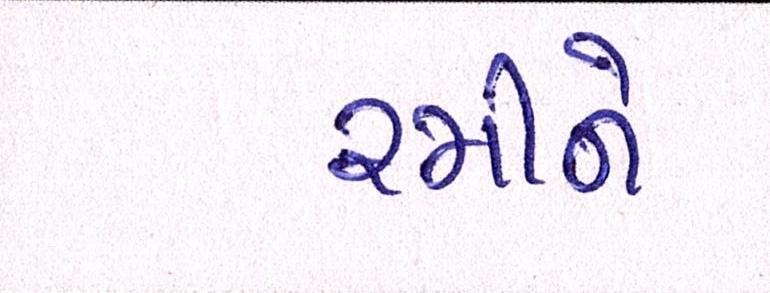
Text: રમીને